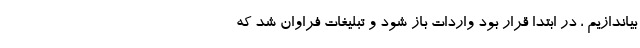
بیاندازیم ، در ابتدا قرار بود واردات باز شود و تبلیغات فراوان شد که